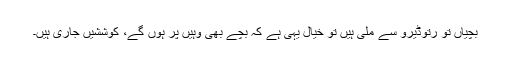
بچیاں تو رتوڈیرو سے ملی ہیں تو خیال یہی ہے کہ بچے بھی وہیں پر ہوں گے، کوششیں جاری ہیں۔